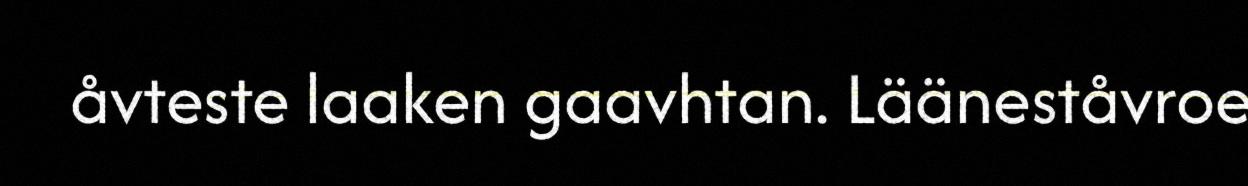
åvteste laaken gaavhtan. Lääneståvroe